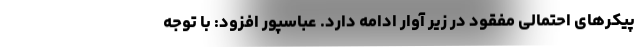
پیکرهای احتمالی مفقود در زیر آوار ادامه دارد. عباسپور افزود: با توجه